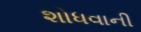
શોધવાની